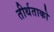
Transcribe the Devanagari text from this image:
तीर्थताको